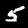
Digit: 5